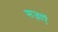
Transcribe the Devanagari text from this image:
सज़ाएॅ